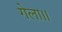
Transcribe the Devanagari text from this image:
गेला।।